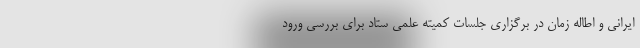
ایرانی و اطاله زمان در برگزاری جلسات کمیته علمی ستاد برای بررسی ورود